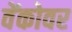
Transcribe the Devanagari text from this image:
वेंकोवर